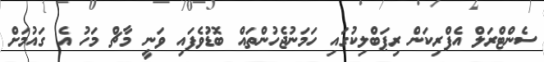
ސެންޓްރަލް އެފްރިކަން ރިޕަބްލިކުގައި ހަމަނުޖެހުންތައް ބޮޑުވެފައި ވަނީ މާޗް މަހު އެ ގައުމަށް